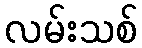
လမ်းသစ်